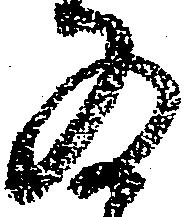
為